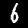
Label: 6